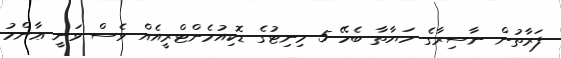
ފަރާތުން ނާސިރާގެ ހަޔާތާ ބެހޭ 5 މިނިޓުގެ ޑޮކިއުމެންޓްރީއެއް ވެސް ވަނީ ޢާންމު